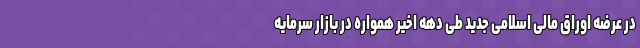
در عرضه اوراق مالی اسلامی جدید طی دهه اخیر همواره در بازار سرمایه